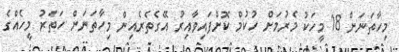
މިހާތަނަށް 18 މީހަކު މެރުމަށް ހުކުމް ކޮށްފައިވާއިރު އޭގެތެރެއިން މިހާތަނަށް ހަތަރު މީހެއްގެ